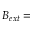
\boldsymbol { B _ { e x t } } =